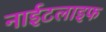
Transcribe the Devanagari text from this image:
नाईटलाइफ